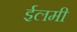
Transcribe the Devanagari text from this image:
ईलमी